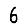
Digit: 6